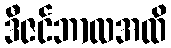
ဒီဇင်ဘာလအထိ